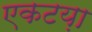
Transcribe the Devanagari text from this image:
एकटय़ा